Annual administration report of the Civil Veterinary Department of India - 1896-1897
Year: 1896
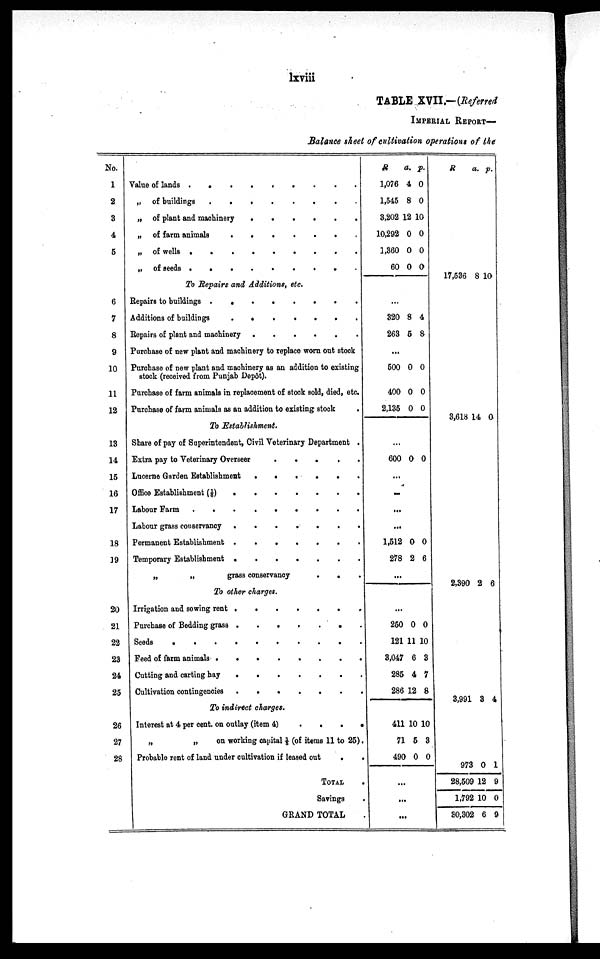
lxviii
TABLE XVII.—(Referred
IMPERIAL
REPORT—
Balance sheet of cultivation operations of the
No.
1
2
3
4
5
6
7
8
9
10
11
12
13
14
15
16
17
18
19
20
21
22
23
24
25
26
27
28
Value of lands
.
.
.
.
.
.
„ of buildings
.
.
.
.
.
.
„ of plant and machinery
.
.
.
.
.
.
„ of farm animals
.
.
.
.
.
.
„ of wells
.
.
.
.
.
.
„ of seeds
.
.
.
.
.
.
To Repairs and Additions, etc.
Repairs to buildings
.
.
.
.
.
.
Additions of buildings
.
.
.
.
.
.
Repairs of plant and machinery. . . . . .
Purchase of new plant and machinery to replace worn out stock
Purchase of new plant and machinery as an addition to existing
stock (received from Punjab Depôt).
Purchase of farm animals in replacement of stock sold, died, etc.
Purchase of farm animals as an addition to existing stock .
To Establishment.
Share of pay of Superintendent, Civil Veterinary Department .
Extra pay to Veterinary Overseer
.
.
.
.
.
.
Lucerne Garden Establishment
.
.
.
.
.
.
Office Establishment (1/6)
.
.
.
.
.
.
Labour Farm
.
.
.
.
.
.
Labour grass conservancy
.
.
.
.
.
.
Permanent Establishment
.
.
.
.
.
.
Temporary Establishment
.
.
.
.
.
.
„
„
grass conservanoy
.
.
.
To other charges.
Irrigation and sowing rent
.
.
.
.
.
.
Purchase of Bedding grass
.
.
.
.
.
.
Seeds . . . . . . . . . .
Feed of farm animals
.
.
.
.
.
.
.
.
.
Gutting and carting hay . . . . . . . . .
Cultivation contingencies . . . . . . . .
To indirect charges.
Interest at 4 per cent. on outlay (item 4) . . . . . .
„
„
on working capital 1/5 (of items 11 to 25).
Probable rent of land under cultivation if leased out . . . . . .
TOTAL .
Savings .
GRAND TOTAL
R
a. p.
1,076 4 0
1,545 8 0
3,202 12 10
10,292 0 0
1,360 0 0
60 0 0
...
320 8 4
263 5 8
...
500 0 0
400 0 0
2,135 0 0
...
600 0 0
...
...
...
...
1,512 0 0
278 2 6
...
...
250 0 0
121 11 10
3,047 6 3
285 4 7
286 12 8
411 10 10
71 5 3
490 0 0
...
...
...
R
a. p.
17,536 8 10
3,618 14 0
3,390 2 6
3,991 3 4
973 0 1
28,509 12 9
1,792 10 0
30,302 6 9